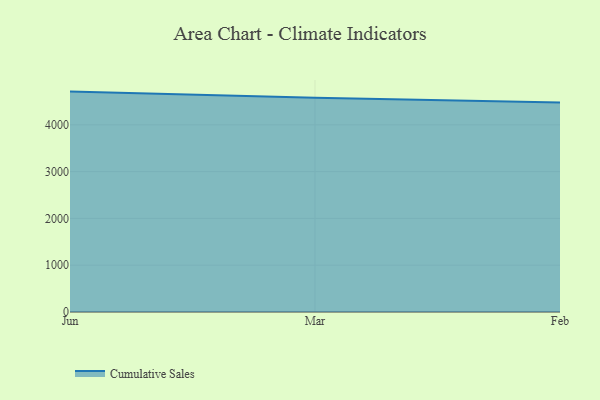
{"axis": {"x": "Month", "y": "Active Users"}, "legend": ["Cumulative Sales"], "data": [{"x": "Jun", "y": 4709.6, "type": "Cumulative Sales"}, {"x": "Mar", "y": 4577.9, "type": "Cumulative Sales"}, {"x": "Feb", "y": 4478.1, "type": "Cumulative Sales"}]}